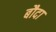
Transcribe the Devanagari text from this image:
बौदा